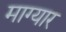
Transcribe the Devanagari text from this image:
माग्यार